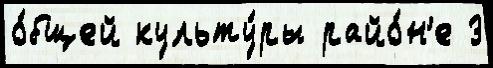
о́бщей культу́ры райо́н'е 3